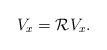
LaTeX: \begin{align*}V_x = \mathcal R V_x.\end{align*}